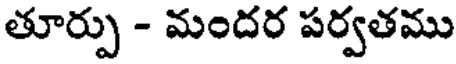
తూర్పు - మందర పర్వతము